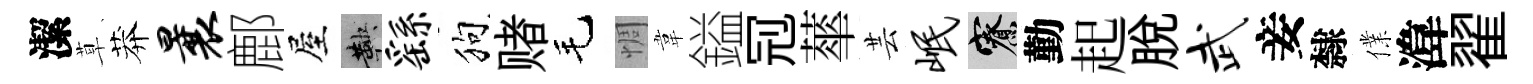
潔草莽曩鄜屋鞅繇狗赌毛惆韋鎰𠜍蕐芸岷寮勤起脫武妾隸㒒湋翟